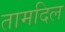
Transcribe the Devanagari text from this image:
तामदिल